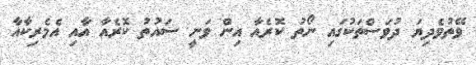
ވޭތުވެދިޔަ ދުވަސްތަކުގައި ނޯތު ކޮރެއާ އިން ވަނީ ސައުތު ކޮރެއާ އާއި އެމެރިކާއާ